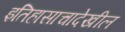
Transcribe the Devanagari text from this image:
इतिहासाचादेखील